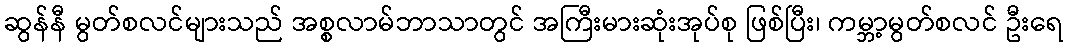
ဆွန်နီ မွတ်စလင်များသည် အစ္စလာမ်ဘာသာတွင် အကြီးမားဆုံးအုပ်စု ဖြစ်ပြီး၊ ကမ္ဘာ့မွတ်စလင် ဦးရေ